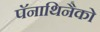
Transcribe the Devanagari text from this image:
पॅनाथिनैको